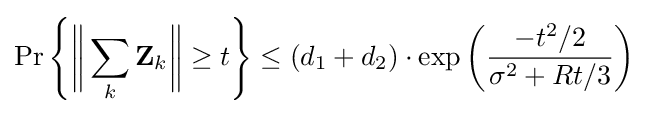
\Pr \left\{{\bigg \Vert }\sum _{k}\mathbf {Z} _{k}{\bigg \Vert }\geq t\right\}\leq (d_{1}+d_{2})\cdot \exp \left({\frac {-t^{2}/2}{\sigma ^{2}+Rt/3}}\right)